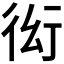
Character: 𲀜